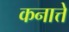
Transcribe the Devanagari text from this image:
कनात्ते